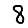
Digit: 8